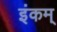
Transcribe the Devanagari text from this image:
इंकम्